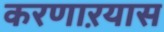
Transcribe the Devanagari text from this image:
करणाऱयास